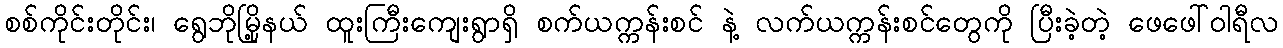
စစ်ကိုင်းတိုင်း၊ ရွေဘိုမြို့နယ် ထူးကြီးကျေးရွာရှိ စက်ယက္ကန်းစင် နဲ့ လက်ယက္ကန်းစင်တွေကို ပြီးခဲ့တဲ့ ဖေဖေါ်ဝါရီလ